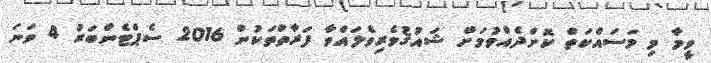
ވީމާ މި މަސައްކަތް ކޮށްދެއްވުމަށް ޝައުޤުވެރިވެލައްވާ ފަރާތްތަކުން 2016 ސެޕްޓެންބަރު 4 ވަނަ